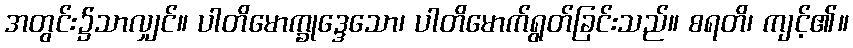
အတွင်း၌သာလျှင်။ ပါတိမောက္ခုဒ္ဒေသော၊ ပါတိမောက်ရွတ်ခြင်းသည်။ စရတိ၊ ကျင့်၏။